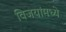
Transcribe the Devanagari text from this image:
विजयांमध्ये